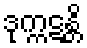
ဒုက္ကဋန္တိ